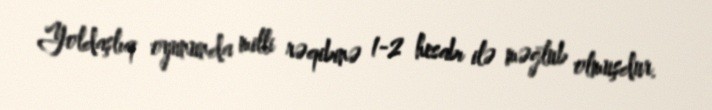
Yoldaşlıq oyununda milli rəqibinə 1-2 hesabı ilə məğlub olmuşdur.